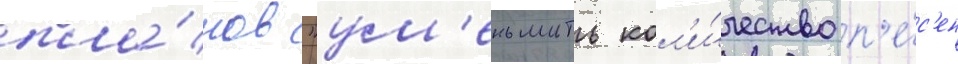
пла́нов "ум'еньшить кол'и́чество п'е́с'ен